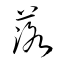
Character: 落